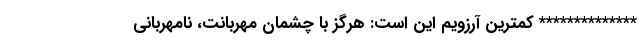
************** کمترین آرزویم این است: هرگز با چشمان مهربانت، نامهربانى